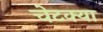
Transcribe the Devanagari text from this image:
चेटक्या